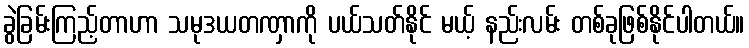
ခွဲခြမ်းကြည့်တာဟာ သမုဒယတဏှာကို ပယ်သတ်နိုင် မယ့် နည်းလမ်း တစ်ခုဖြစ်နိုင်ပါတယ်။